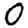
Digit: 0